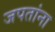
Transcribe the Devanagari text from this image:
जपतांना